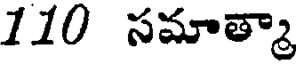
110 సమాత్మా